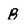
Character: B